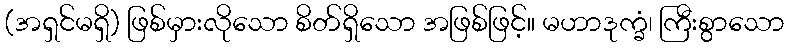
(အရှင်မရှိ) ဖြစ်မှားလိုသော စိတ်ရှိသော အဖြစ်ဖြင့်။ မဟာဒုက္ခံ၊ ကြီးစွာသော